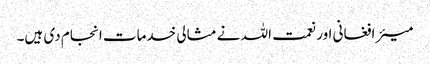
میئر افغانی اور نعمت اللہ نے مثالی خدمات انجام دی ہیں۔